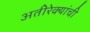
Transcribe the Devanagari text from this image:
अतीरेक्यांची